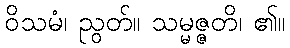
ဝိသမံ၊ ညွတ်။ သမ္မဇ္ဇတိ၊ ၏။